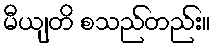
မီယျတိ စသည်တည်း။